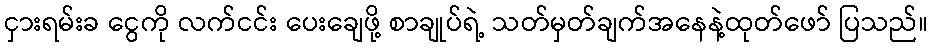
ငှားရမ်းခ ငွေကို လက်ငင်း ပေးချေဖို့ စာချုပ်ရဲ့ သတ်မှတ်ချက်အနေနဲ့ထုတ်ဖော် ပြသည်။